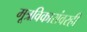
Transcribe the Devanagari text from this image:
मूत्रविकारांवरही